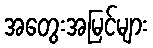
အတွေးအမြင်များ